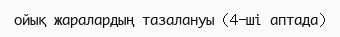
ойық жаралардың тазалануы (4-ші аптада)